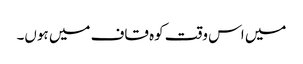
میں اس وقت کوہ قاف میں ہوں۔